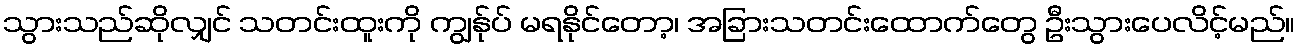
သွားသည်ဆိုလျှင် သတင်းထူးကို ကျွန်ုပ် မရနိုင်တော့၊ အခြားသတင်းထောက်တွေ ဦးသွားပေလိင့်မည်။